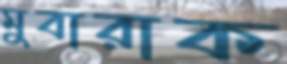
মুবারাক